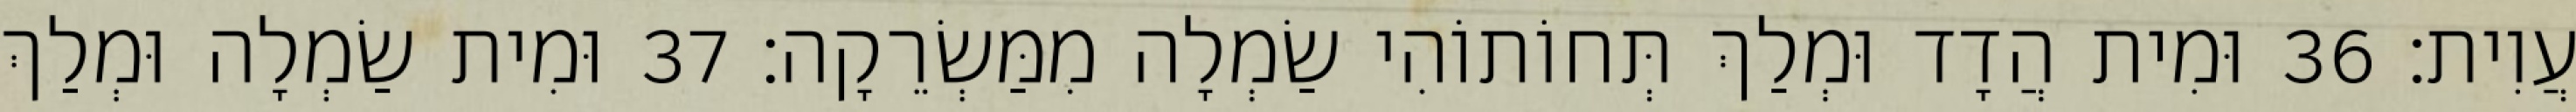
עֲוִית׃ 36 וּמִית הֲדָד וּמְלַךְ תְּחוֹתוֹהִי שַׂמְלָה מִמַּשְׂרֵקָה׃ 37 וּמִית שַׂמְלָה וּמְלַךְ